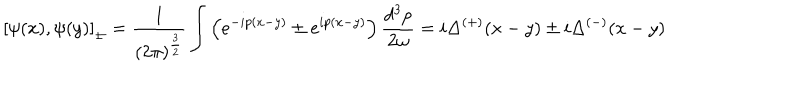
\left[ \psi ( x ) , \psi ( y ) \right] _ { \pm } = \frac { 1 } { ( 2 \pi ) ^ { \frac { 3 } { 2 } } } \int \left( e ^ { - i p ( x - y ) } \pm e ^ { i p ( x - y ) } \right) \frac { d ^ { 3 } p } { 2 \omega } = i \Delta ^ { \left( + \right) } ( x - y ) \pm i \Delta ^ { \left( - \right) } ( x - y )